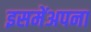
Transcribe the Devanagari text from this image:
इसमेंअपना